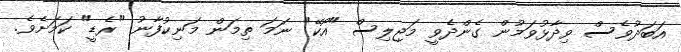
އަބަދުވެސް ވިދާޅުވަމުން ގެންދެވީ މަޖިލިސް "އޯކޭ" ނަމަ ތިމަން މަނިކުފާނު "ރެޑީ" ކަމަށެވެ.